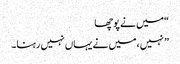
“میں نے پوچھا
” نہیں ،میں نے یہاں نہیں رہنا۔